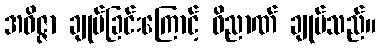
အဝိဇ္ဇာ ချုပ်ခြင်းကြောင့် ဝိညာဏ် ချုပ်သည်။